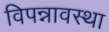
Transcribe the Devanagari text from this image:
विपन्नावस्था